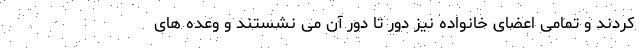
کردند و تمامی اعضای خانواده نیز دور تا دور آن می نشستند و وعده های